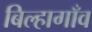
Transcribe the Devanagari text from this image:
बिल्हागाँव